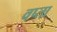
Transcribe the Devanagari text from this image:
वप्ता